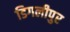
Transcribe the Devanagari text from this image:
डिगलीपुर